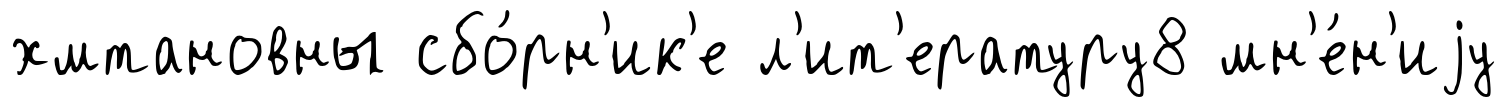
хмтановны сбо́рн'ик'е л'ит'ературу8 мн'е́н'иjу